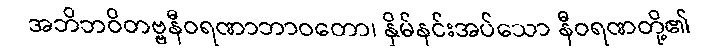
အဘိဘဝိတဗ္ဗနီဝရဏာဘာဝတော၊ နှိမ်နင်းအပ်သော နီဝရဏတို့၏